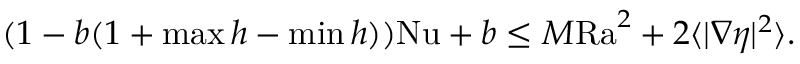
\begin{array} { r } { ( 1 - b ( 1 + \operatorname* { m a x } h - \operatorname* { m i n } h ) ) \mathrm { { N u } } + b \leq M \mathrm { { R a } } ^ { 2 } + 2 \langle | \nabla \eta | ^ { 2 } \rangle . } \end{array}